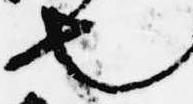
也